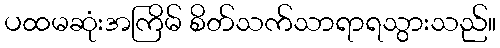
ပထမဆုံးအကြိမ် စိတ်သက်သာရာရသွားသည်။